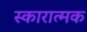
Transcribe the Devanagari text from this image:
स्कारात्मक